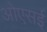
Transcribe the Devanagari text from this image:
ओएसई